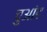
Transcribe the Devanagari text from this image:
चुआंड